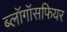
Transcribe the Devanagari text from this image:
ब्लॉगॉसफियर